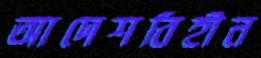
আদেশবিহীন